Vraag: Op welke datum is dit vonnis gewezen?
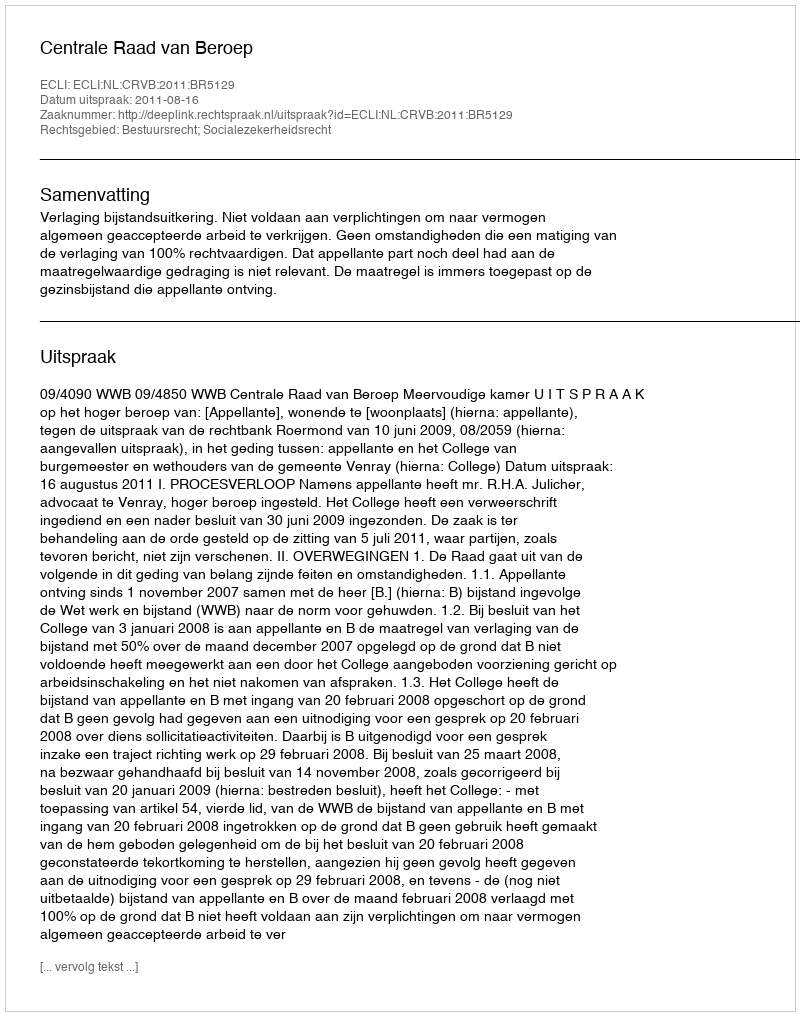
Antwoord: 2011-08-16